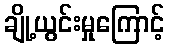
ချို့ယွင်းမှုကြောင့်